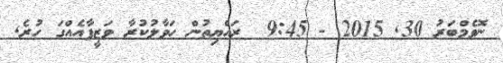
ނޮވެމްބަރު 30